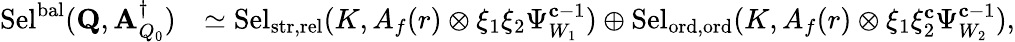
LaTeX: \begin{array}{rl}{\mathrm{Sel}^{\mathrm{bal}}(\mathbf{Q},\mathbf{A}_{Q_{0}}^{\dagger})}&{\simeq\mathrm{Sel}_{{\mathrm{str},\mathrm{rel}}}(K,A_{f}(r)\otimes\xi_{1}\xi_{2}\Psi_{W_{1}}^{\mathbf{c}-1})\oplus\mathrm{Sel}_{{\mathrm{ord},\mathrm{ord}}}(K,A_{f}(r)\otimes\xi_{1}\xi_{2}^{\mathbf{c}}\Psi_{W_{2}}^{\mathbf{c}-1}),}\end{array}